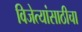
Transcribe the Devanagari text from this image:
विजेत्यांसाठीचा